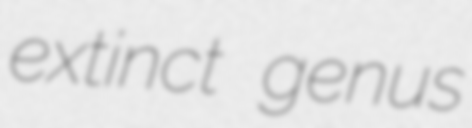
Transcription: extinct genus